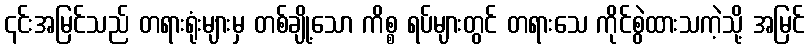
၎င်းအမြင်သည် တရားရုံးများမှ တစ်ချို့သော ကိစ္စ ရပ်များတွင် တရားသေ ကိုင်စွဲထားသကဲ့သို့ အမြင်